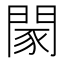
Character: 𨴯